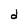
Character: d